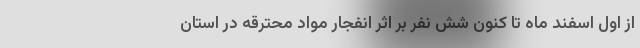
از اول اسفند ماه تا کنون شش نفر بر اثر انفجار مواد محترقه در استان